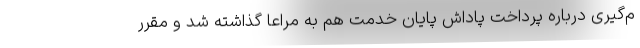
م‌گیری درباره پرداخت پاداش پایان خدمت هم به مراعا گذاشته شد و مقرر